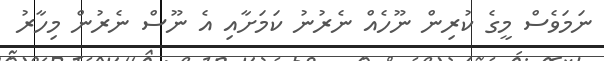
ނަމަވެސް މީގެ ކުރިން ނޫހެއް ނެރުނު ކަމަށާއި އެ ނޫސް ނެރުން މިހާރު